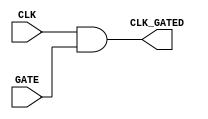
module clock_gating_cell (
    input wire CLK,      // Primary clock signal
    input wire GATE,     // Gating signal
    output wire CLK_GATED // Gated clock signal
);
    // Clock Gating Logic
    assign CLK_GATED = CLK & GATE; // AND gate for clock gating
endmodule